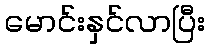
မောင်းနှင်လာပြီး